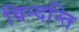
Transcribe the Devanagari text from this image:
विन्दन्ति